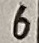
Text: 6